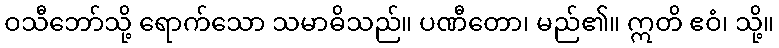
ဝသီဘော်သို့ ရောက်သော သမာဓိသည်။ ပဏီတော၊ မည်၏။ ဣတိ ဧဝံ၊ သို့။